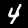
Label: 4